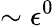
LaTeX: \sim\epsilon^{0}